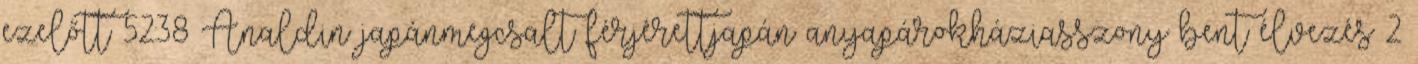
ezelőtt 52:38 Analdin japánmegcsalt férjérettjapán anyapárokháziasszony bent élvezés 2